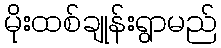
မိုးထစ်ချုန်းရွာမည်